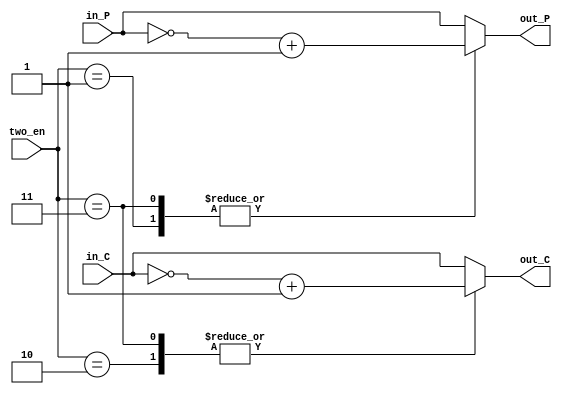
module select_c (in_P, in_C, out_P, out_C, two_en);
    
input [1:0] two_en;
input [49:0] in_P, in_C;
output reg [49:0] out_P, out_C;

always @(two_en, in_P, in_C) begin
    case (two_en)
        2'b01:  begin
            out_P = ~in_P + 1'b1;
            out_C = in_C;
        end
        2'b10:  begin
            out_P = in_P;
            out_C = ~in_C + 1'b1;
        end
        2'b11:  begin
            out_P = ~in_P + 1'b1;
            out_C = ~in_C + 1'b1;
        end
        default: begin
            out_P = in_P;
            out_C = in_C;
        end
    endcase
end



endmodule